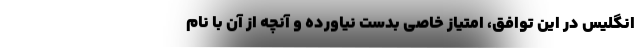
انگلیس در این توافق، امتیاز خاصی بدست نیاورده و آنچه از آن با نام